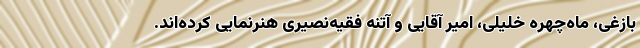
بازغی، ماه‌چهره خلیلی، امیر آقایی و آتنه فقیه‌نصیری هنرنمایی کرده‌اند.